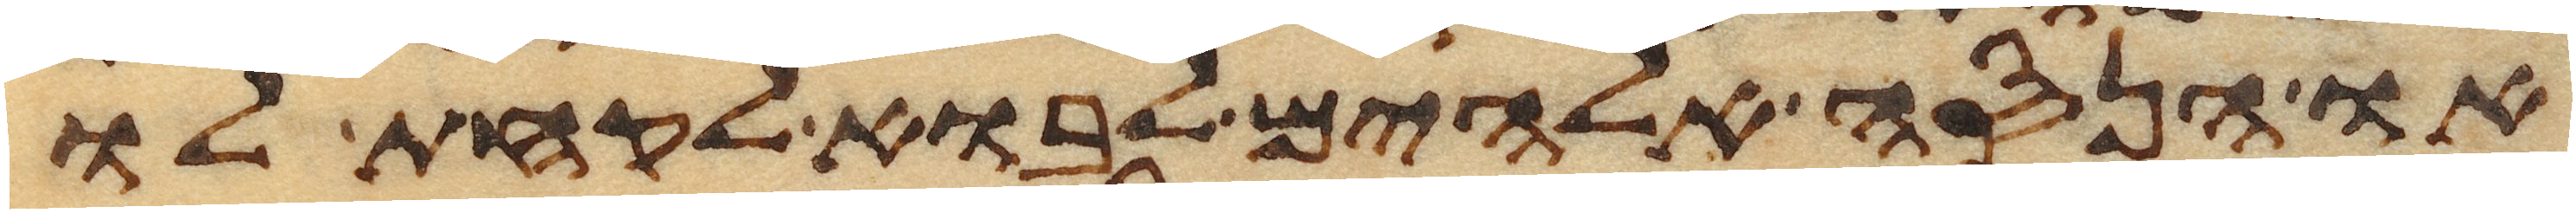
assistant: או הנסה אלהים לבוא לקחת לו